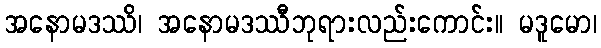
အနောမဒဿိ၊ အနောမဒဿီဘုရားလည်းကောင်း။ မဒူမော၊